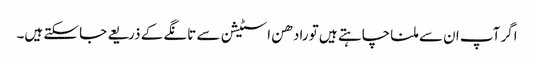
اگر آپ ان سے ملنا چاہتے ہیں تو رادھن اسٹیشن سے تانگے کے ذریعے جا سکتے ہیں۔